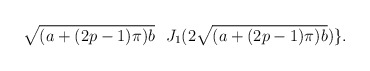
\begin{align*}\sqrt{(a+(2p-1)\pi)b} \ \ J_1(2 \sqrt{(a+(2p-1)\pi)b})\}.\end{align*}